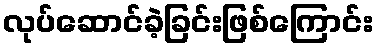
လုပ်ဆောင်ခဲ့ခြင်းဖြစ်ကြောင်း